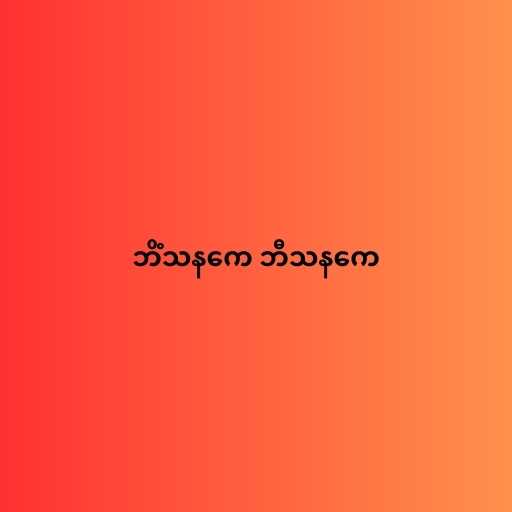
ဘိံသနကေ ဘီသနကေ